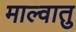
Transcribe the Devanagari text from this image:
माल्वातु